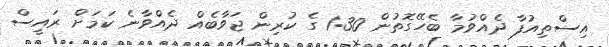
އިސްތިއުފާ ދެއްވުމާ ބެހޭގޮތުން 1:30 ގެ ކުރިން ޖަވާބެއް ދެއްވާނެ ކަމަށް ރައީސް